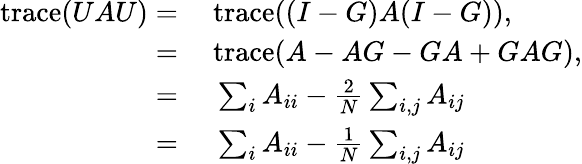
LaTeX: \begin{array}{rl}{\mathrm{trace}(UAU)=}&{{}\ \mathrm{trace}((I-G)A(I-G)),}\\ {=}&{{}\ \mathrm{trace}(A-AG-GA+GAG),}\\ {=}&{{}\ \sum_{i}{A_{ii}}-\frac{2}{N}\sum_{i,j}{A_{ij}}}\\ {=}&{{}\ \sum_{i}{A_{ii}}-\frac{1}{N}\sum_{i,j}{A_{ij}}}\end{array}